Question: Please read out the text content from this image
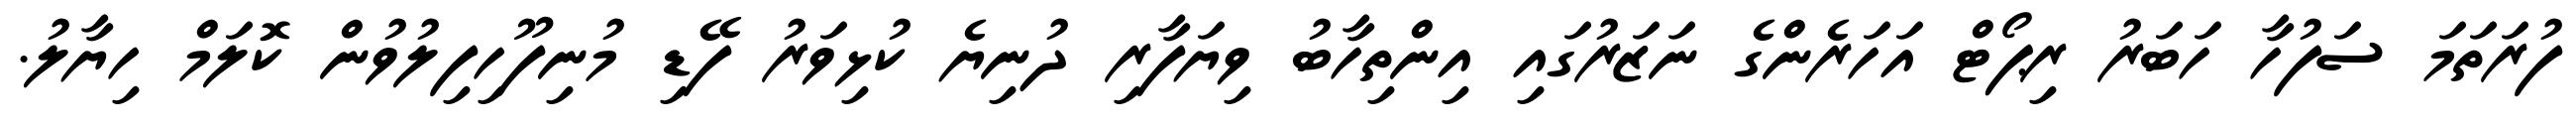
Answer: ފުރަތަމަ ސަފުހާ ހަބަރު ރިޕޯޓް އަހަރެންގެ ނަޒަރުގައި އިންތިހާބު ވިޔަފާރި ދުނިޔެ ކުޅިވަރު ފޭޑި މުނިފޫހިފިލުވުން ކޮލަމް ހިޔާލު.